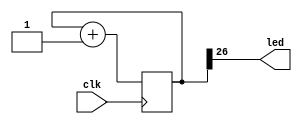
module blink(
	input wire clk,
	output wire led
);

reg [31:0] cnt;

initial begin
	cnt <= 32'h00000000;
end

always @(posedge clk) begin
	cnt <= cnt + 1;
end

assign led = cnt[26];

endmodule